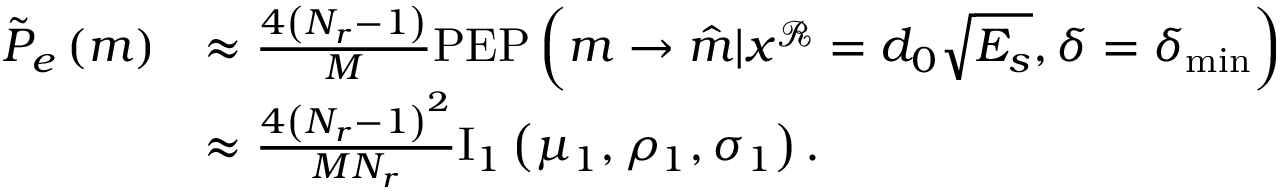
\begin{array} { r l } { \tilde { P } _ { e } \left( m \right) } & { \approx \frac { 4 \left( N _ { r } - 1 \right) } { M } \mathrm { P E P } \left( m \rightarrow \hat { m } | x ^ { \mathcal { R } } = d _ { 0 } \sqrt { E _ { s } } , \delta = \delta _ { \operatorname* { m i n } } \right) } \\ & { \approx \frac { 4 \left( N _ { r } - 1 \right) ^ { 2 } } { M N _ { r } } \mathrm { I } _ { 1 } \left( \mu _ { 1 } , \rho _ { 1 } , \sigma _ { 1 } \right) . } \end{array}